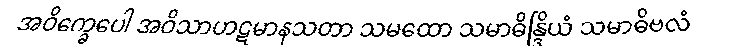
အဝိက္ခေပေါ အဝိသာဟဋမာနသတာ သမထော သမာဓိန္ဒြိယံ သမာဓိဗလံ